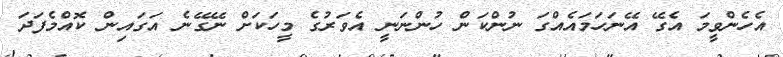
އެހެންވީމަ އެގޭ އޭނަހަމައެއްގަ ނުންކަން ހުންނަނީ އެވަރުގެ މީހަކަށް ނޭގޭނެ އަގައިން ކޮއްމެފަދަ